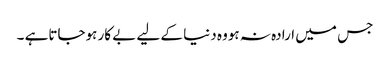
جس میں ارادہ نہ ہووہ دنیا کے لیے بے کار ہوجاتاہے ۔